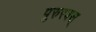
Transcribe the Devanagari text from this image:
पुरुरवस्‌